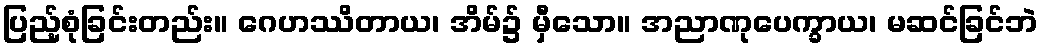
ပြည့်စုံခြင်းတည်း။ ဂေဟဿိတာယ၊ အိမ်၌ မှီသော။ အညာဏုပေက္ခာယ၊ မဆင်ခြင်ဘဲ